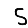
Digit: 5